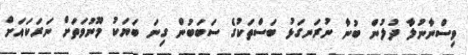
ވިސްނާނުލާ ދުލުން ބުނާ ނުރަނގަޅު ބަސްތަކުގެ ސަބަބުން ގިނަ ބަޔަކު މޫނުވަތަށް ނަރަކައަށް